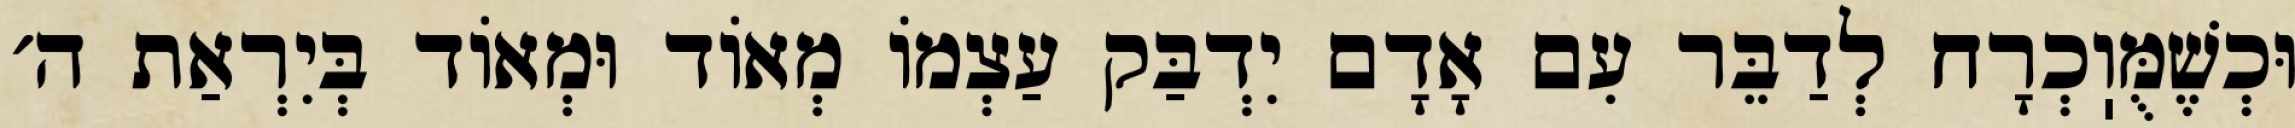
וּכְשֶׁמֻּוֽכְרָח לְדַבֵּר עִם אָדָם יִדְבַּק עַצְמוֹ מְאוֹד וּמְאוֹד בְּיִרְאַת ה׳